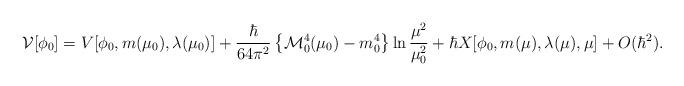
LaTeX: \begin{align*}{\cal V}[\phi_0] = V[\phi_0,m(\mu_0),\lambda(\mu_0)] + {{\hbar} \over{64 \pi^2} } \left\{ {\cal M}_0^4(\mu_0) - m_0^4\right\} \ln{\mu^2 \over \mu_0^2} +\hbar X[\phi_0,m(\mu),\lambda(\mu),\mu] +O(\hbar^2).\end{align*}